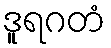
ဒူရဂတံ